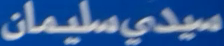
سيدىسليمان